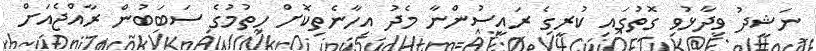
ނަޝީދު ވިދާޅުވި ގޮތުގައި ކުރީގެ ރައީސުންނާ މެދު އިހާނެތިކޮށް ހިތުމުގެ ސަބަބުން ރާއްޖެއަށް